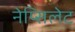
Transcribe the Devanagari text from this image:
नेप्सिलेट